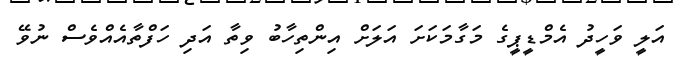
އަލީ ވަހީދު އެމްޑީޕީގެ މަގާމަކަށަ އަލަށް އިންތިހާބު ވިތާ އަދި ހަފްތާއެއްވެސް ނުވޭ